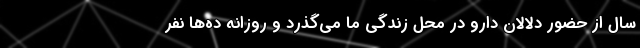
سال از حضور دلالان دارو در محل زندگی ما می‌گذرد و روزانه ده‌ها نفر